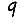
Digit: 9